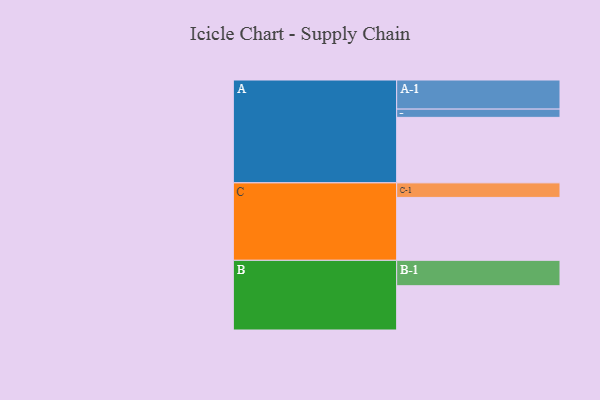
{"axis": {"x": "Segment", "y": "Value"}, "legend": ["", "A", "B", "C"], "data": [{"x": "A", "y": 531, "type": ""}, {"x": "B", "y": 359, "type": ""}, {"x": "C", "y": 510, "type": ""}, {"x": "A-1", "y": 236, "type": "A"}, {"x": "A-2", "y": 67, "type": "A"}, {"x": "B-1", "y": 206, "type": "B"}, {"x": "C-1", "y": 118, "type": "C"}]}